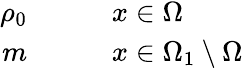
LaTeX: \begin{array}{rl}{\rho_{0}\qquad}&{{}x\in\Omega}\\ {m\qquad}&{{}x\in\Omega_{1}\setminus\Omega}\end{array}